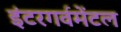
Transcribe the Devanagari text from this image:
इंटरगर्वमेंटल